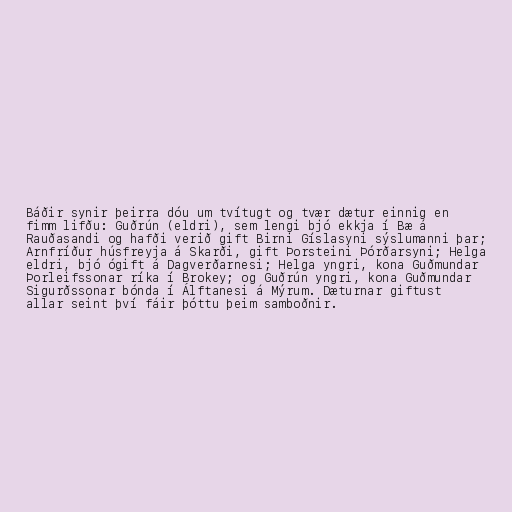
Báðir synir þeirra dóu um tvítugt og tvær dætur einnig en
fimm lifðu: Guðrún (eldri), sem lengi bjó ekkja í Bæ á
Rauðasandi og hafði verið gift Birni Gíslasyni sýslumanni þar;
Arnfríður húsfreyja á Skarði, gift Þorsteini Þórðarsyni; Helga
eldri, bjó ógift á Dagverðarnesi; Helga yngri, kona Guðmundar
Þorleifssonar ríka í Brokey; og Guðrún yngri, kona Guðmundar
Sigurðssonar bónda í Álftanesi á Mýrum. Dæturnar giftust
allar seint því fáir þóttu þeim samboðnir.